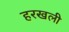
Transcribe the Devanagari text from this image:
हरखली